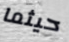
حيثما